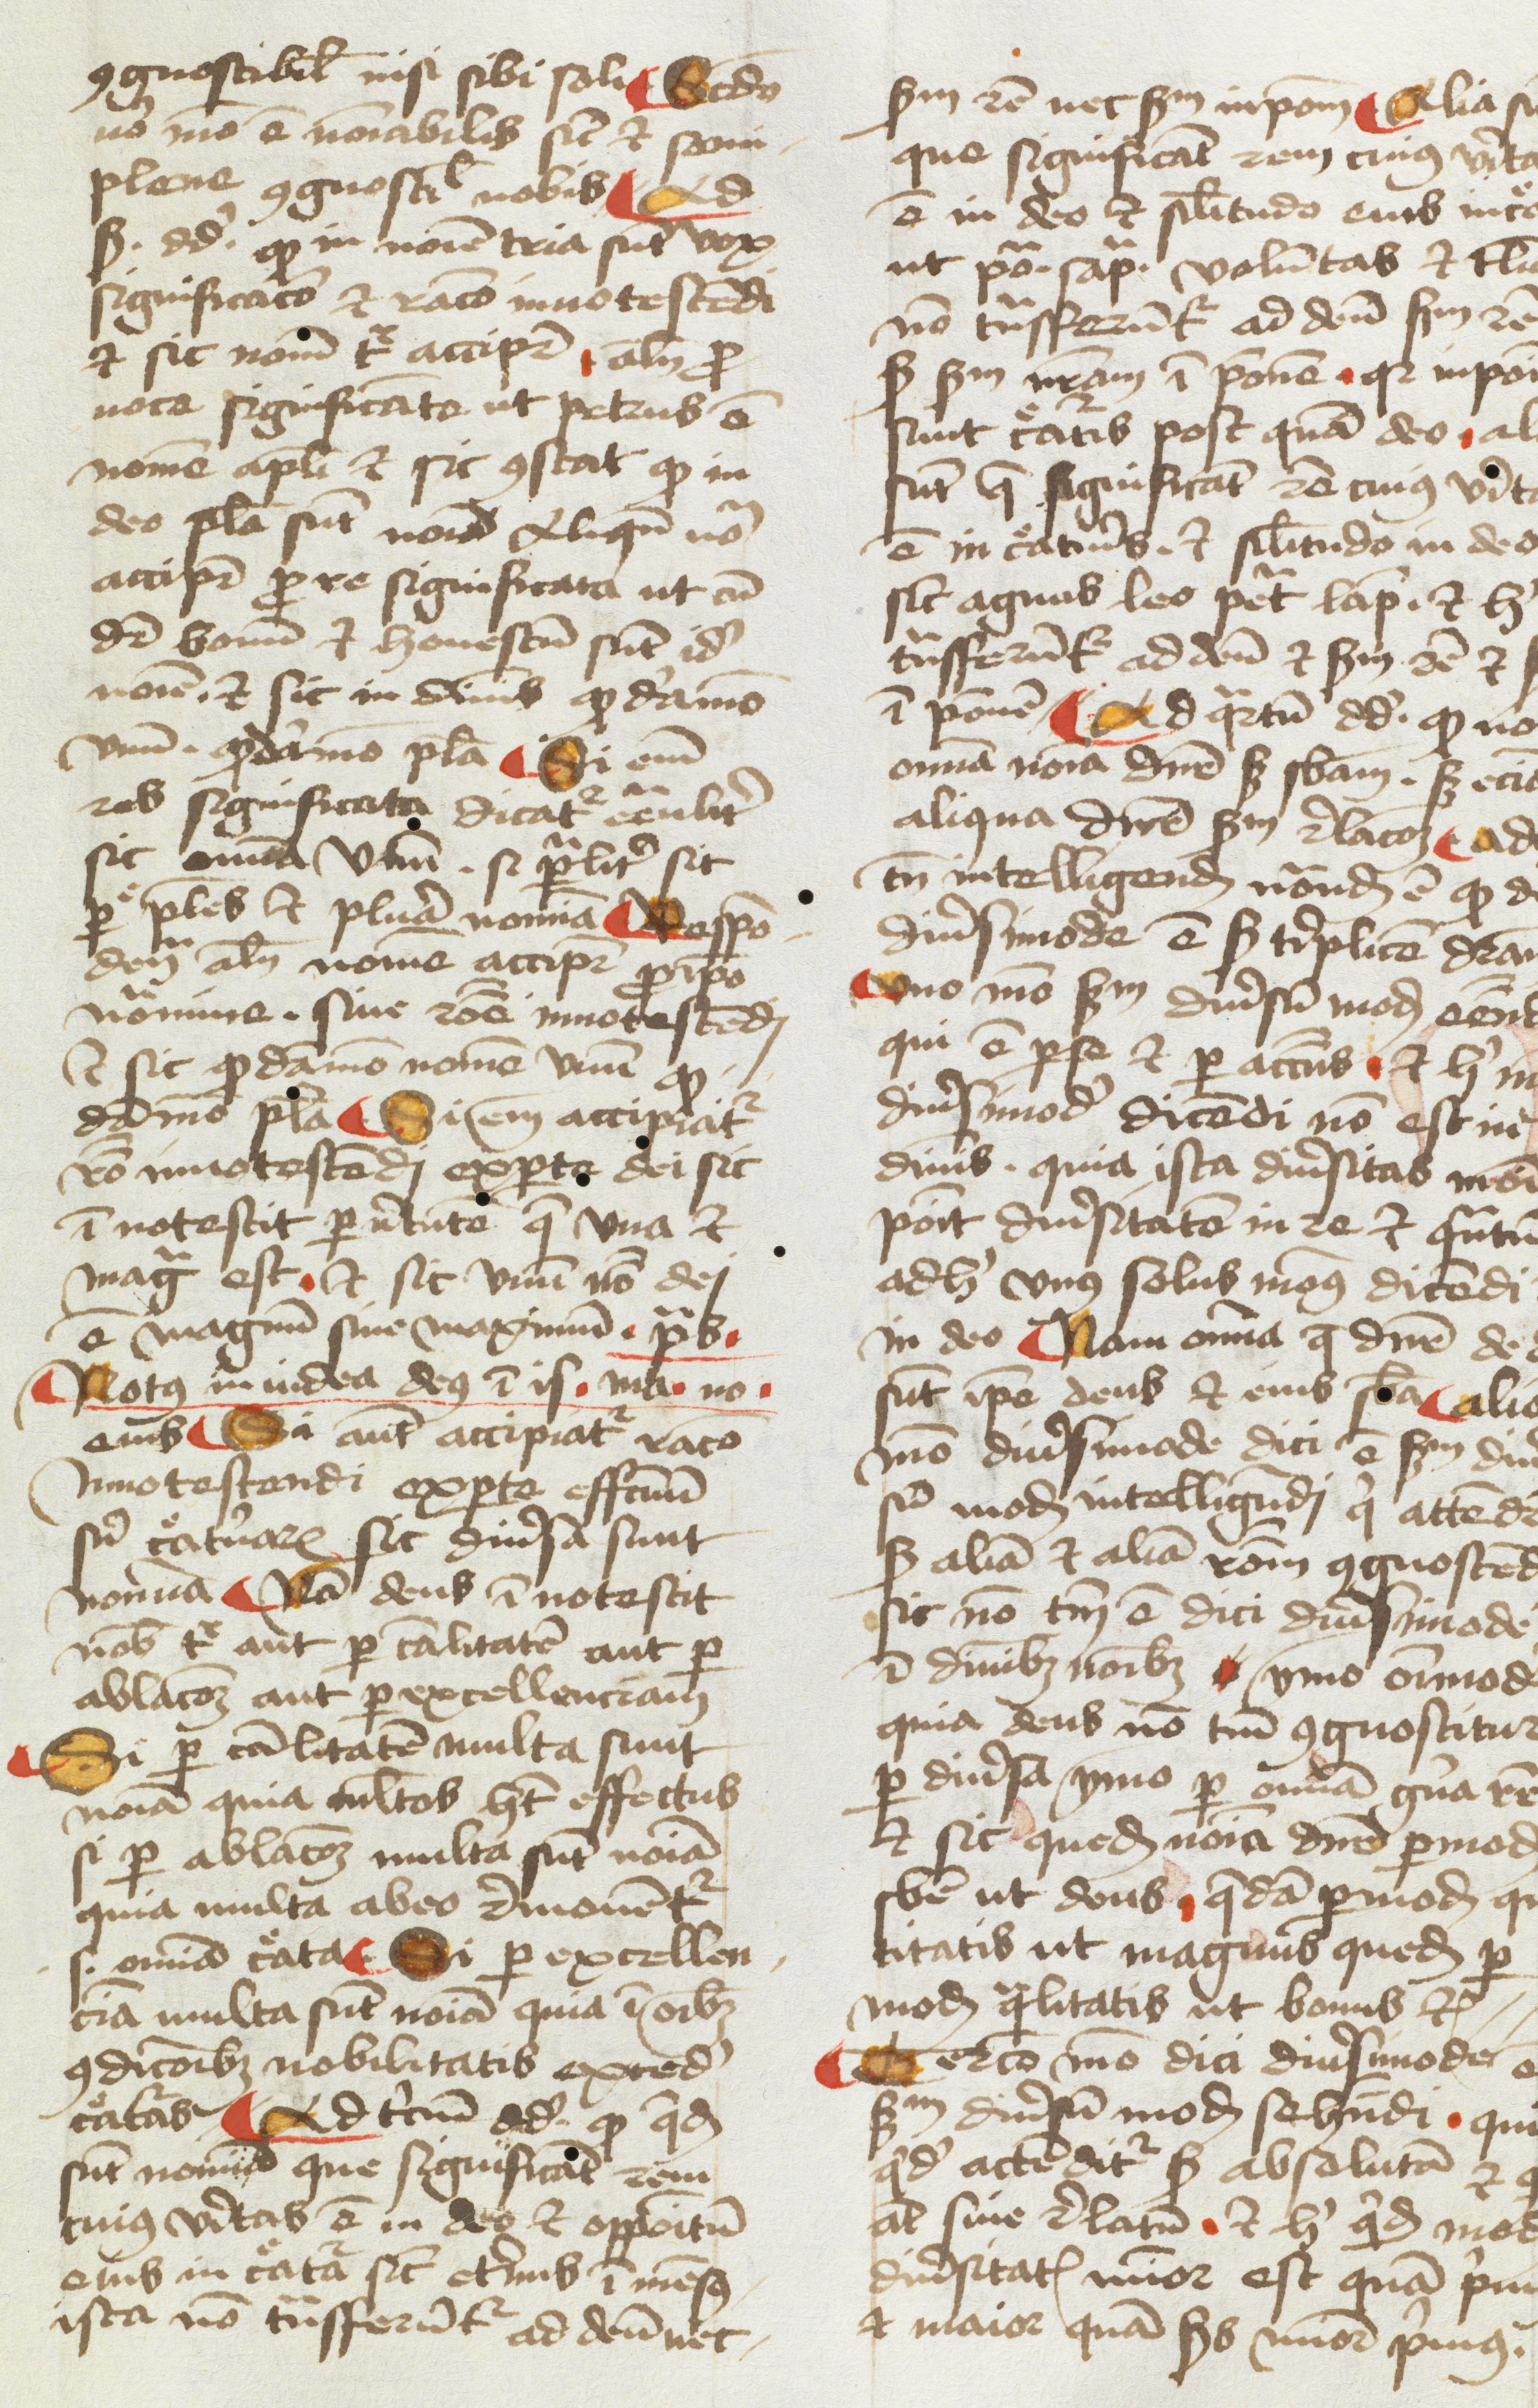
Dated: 1478–1478